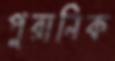
পুরানিক